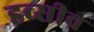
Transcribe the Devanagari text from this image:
इव्सीव